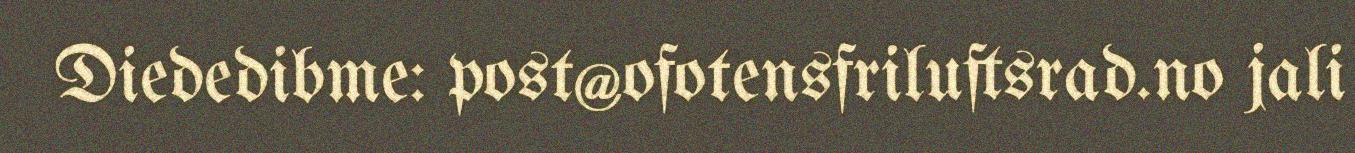
Diededibme: post@ofotensfriluftsrad.no jali